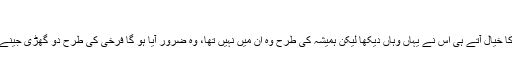
‘‘
بچوں کے باپ کا خیال آتے ہی اس نے یہاں وہاں دیکھا لیکن ہمیشہ کی طرح وہ ان میں نہیں تھا، وہ ضرور آیا ہو گا فرخی کی طرح دو گھڑی جینے کی مہلت پاکر۔